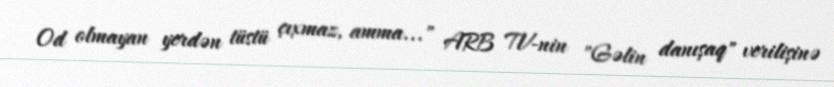
Od olmayan yerdən tüstü çıxmaz, amma..." ARB TV-nin "Gəlin danışaq" verilişinə